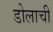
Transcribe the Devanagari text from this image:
डोलाची